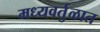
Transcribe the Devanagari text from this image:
मध्यवर्तुळात